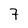
Character: 7